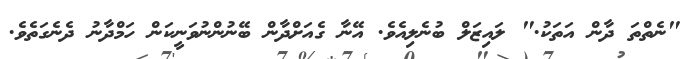
"ނެތްތަ ދާން އަތަކު." ލައިޒަލް ބުނެލިއެވެ. އޭނާ ގެއަށްދާން ބޭނުންނުވަނީކަން ހަމްދާނު ދެނެގަތެވެ.